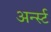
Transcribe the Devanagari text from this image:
अर्न्‍स्ट